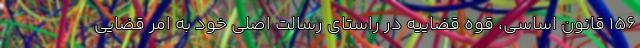
۱۵۶ قانون اساسی، قوه قضاییه در راستای رسالت اصلی خود به امر قضایی